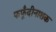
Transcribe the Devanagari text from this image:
फफूँदीनाशक